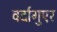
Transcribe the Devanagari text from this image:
वर्दागुएर